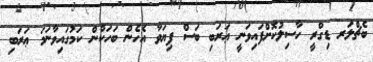
ބެޗްލަރ ޑިގްރީ ހާސިލުކޮށްފައިވަނީ ޢަރަބި ބަސް ފިޔަވާ އެހެން ބަހަކުން ކަމުގައިވާނަމަ ޢަރަބި